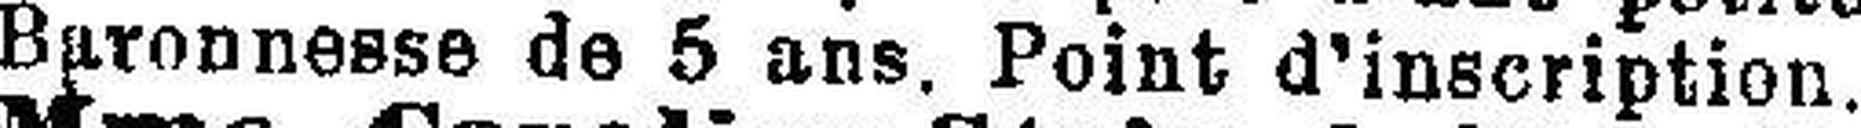
Baronnesse de 5 ans. Point d’inscription.